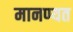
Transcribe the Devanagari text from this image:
मानण्यत